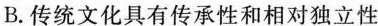
B.传统文化具有传承性和相对独立性